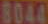
8044